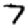
Digit: 7